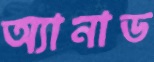
অ্যানাড